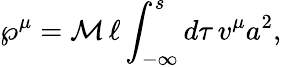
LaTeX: {\wp}^{\mu}=\mathcal{M}\, \ell\int_{-\infty}^{s}d\tau\, v^{\mu}a^{2},